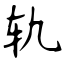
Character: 轨